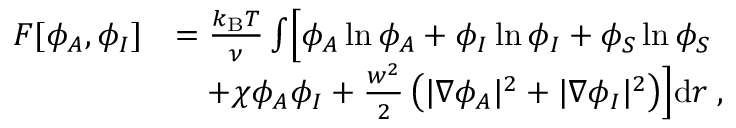
\begin{array} { r l } { F [ \phi _ { A } , \phi _ { I } ] } & { = \frac { k _ { \mathrm { B } } T } { \nu } \int \Bigl [ \phi _ { A } \ln \phi _ { A } + \phi _ { I } \ln \phi _ { I } + \phi _ { S } \ln \phi _ { S } } \\ & { \quad + \chi \phi _ { A } \phi _ { I } + \frac { w ^ { 2 } } { 2 } \left( | \nabla \phi _ { A } | ^ { 2 } + | \nabla \phi _ { I } | ^ { 2 } \right) \Bigr ] \mathrm { d } \boldsymbol r \; , } \end{array}